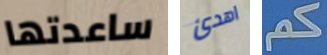
ساعدتها اهدئ كم